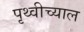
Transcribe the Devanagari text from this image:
पृथ्वीच्याल